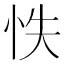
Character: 怢